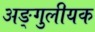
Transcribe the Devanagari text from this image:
अङ्गुलीयक